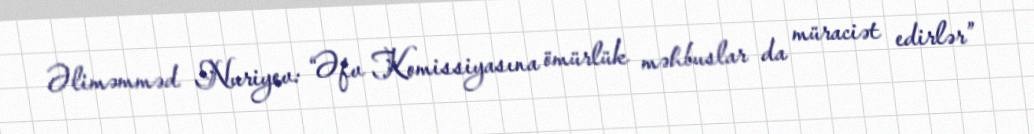
Əliməmməd Nuriyev: “Əfv Komissiyasına ömürlük məhbuslar da müraciət edirlər”